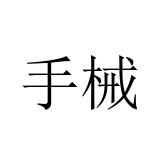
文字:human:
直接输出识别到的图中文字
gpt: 手械